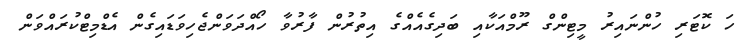
ހަ ކޮޓަރި ހުންނައިރު މީޓިންގް ރޫމްއަކާއި ބަދިގެއެއްގެ އިތުރުން ފާރުވާ ހޯއްދަވަންޖެހިވަޑައިގެން އެޑްމިޓްކުރައްވަން